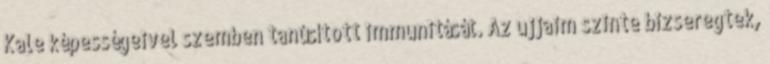
Kale képességeivel szemben tanúsított immunitását. Az ujjaim szinte bizseregtek,